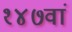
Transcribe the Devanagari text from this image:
१४७वां